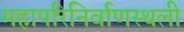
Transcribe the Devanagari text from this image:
महापरिनिर्वाणस्थली